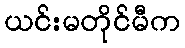
ယင်းမတိုင်မီက